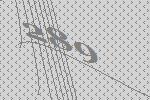
289